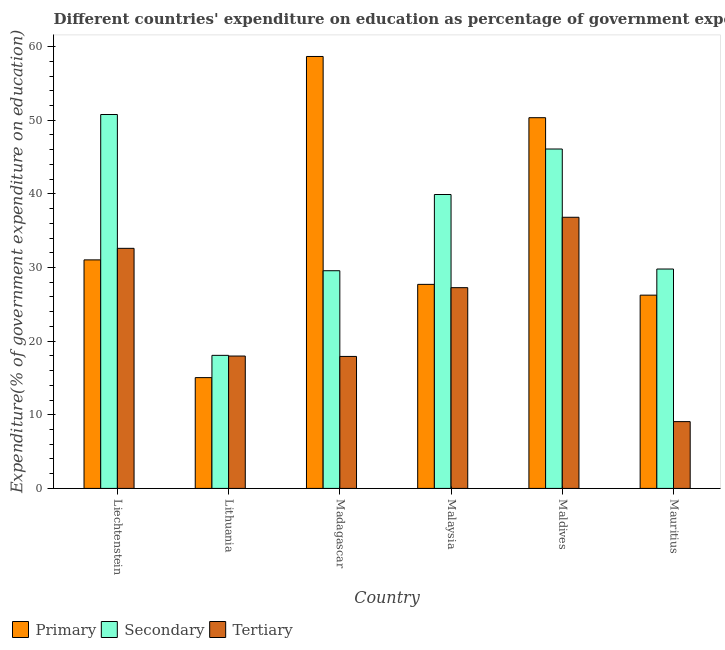
| Country | Primary | Secondary | Tertiary |
 | --- | --- | --- | --- |
 | Liechtenstein | 31 | 50.8 | 32.6 |
 | Lithuania | 15 | 18.1 | 18 |
 | Madagascar | 58.7 | 29.6 | 17.9 |
 | Malaysia | 27.7 | 39.9 | 27.3 |
 | Maldives | 50.3 | 46.1 | 36.8 |
 | Mauritius | 26.2 | 29.8 | 9.07 |